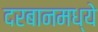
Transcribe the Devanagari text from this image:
दरबानमध्ये